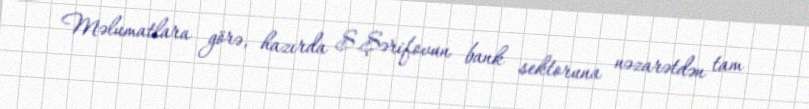
Məlumatlara görə, hazırda S.Şərifovun bank sektoruna nəzarətdən tam